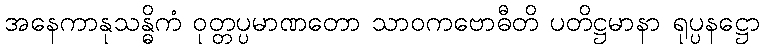
အနေကာနုသန္ဓိကံ ဝုတ္တပ္ပမာဏတော သာဝကဗောဓီတိ ပတိဋ္ဌမာနာ ရုပ္ပနဋ္ဌော